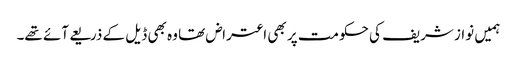
ہمیں نواز شریف کی حکومت پر بھی اعتراض تھا وہ بھی ڈیل کے ذریعے آئے تھے۔